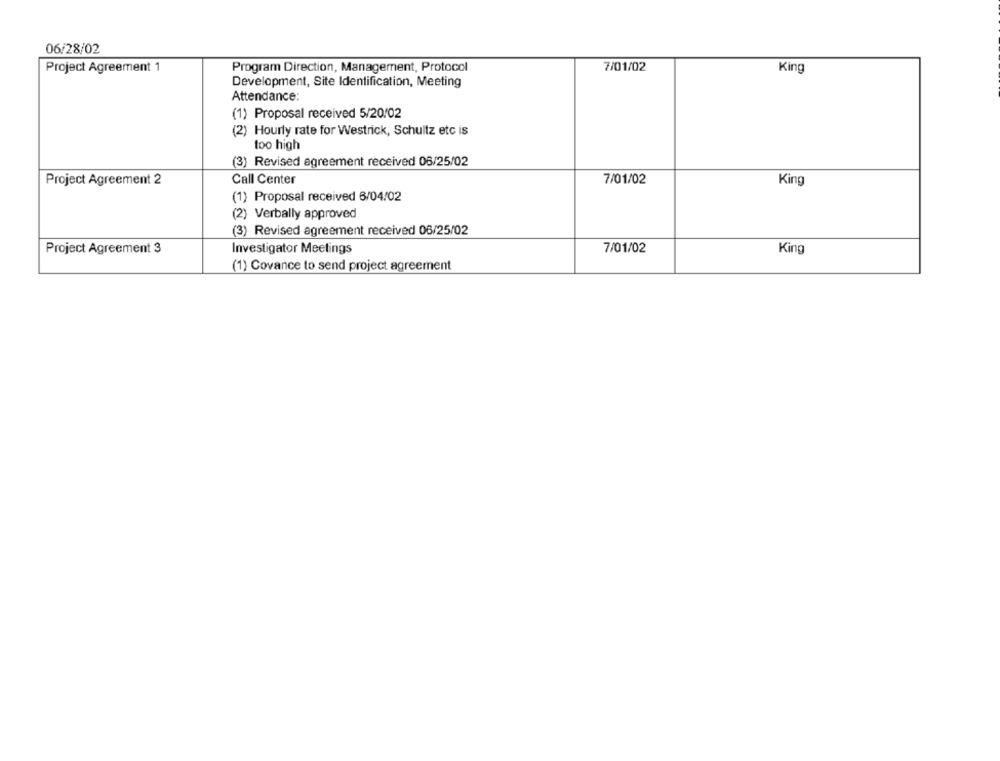
06/28/02
Project Agreement 1
Program Direction, Management, Protocol
7/01/02
King
Development, Site Identification, Meeting
Attendance:
(1) Proposal received 5/20/02
(2) Hourly rate for Westrick, Schultz etc is
too high
(3) Revised agreement received 06/25/02
Project Agreement 2
Call Center
7/01/02
King
(1) Proposal received 6/04/02
(2) Verbally approved
(3) Revised agreement received 06/25/02
Project Agreement 3
Investigator Meetings
7/01/02
King
(1) Covance to send project agreement